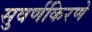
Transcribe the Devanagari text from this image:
सुवर्णकिरणे